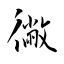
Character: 徶